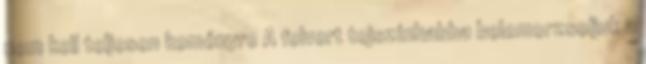
nem kell teljesen keményre A felvert tejszínhabba belemorzsoljuk a